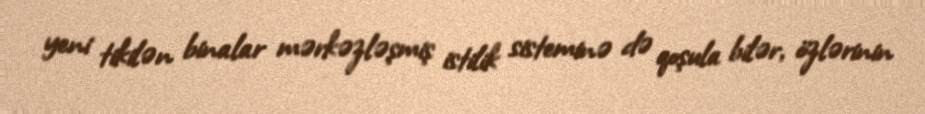
yeni tikilən binalar mərkəzləşmiş istilik sisteminə də qoşula bilər, özlərinin